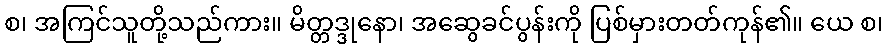
စ၊ အကြင်သူတို့သည်ကား။ မိတ္တဒ္ဒုနော၊ အဆွေခင်ပွန်းကို ပြစ်မှားတတ်ကုန်၏။ ယေ စ၊